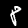
Label: 8